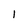
Character: l